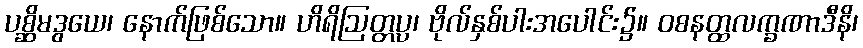
ပစ္ဆိမဒွယေ၊ နောက်ဖြစ်သော။ ဟိရိဩတ္တပ္ပ၊ ဗိုလ်နှစ်ပါးအပေါင်း၌။ ဝစနတ္ထလက္ခဏာဒီနိ၊